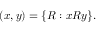
( x , y ) = \{ R : x R y \} .